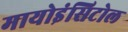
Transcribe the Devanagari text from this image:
मायोइंसिटोल